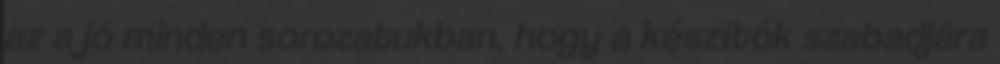
az a jó minden sorozatukban, hogy a készítők szabadjára